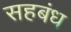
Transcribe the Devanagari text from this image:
सहबंध